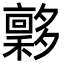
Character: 𡗋